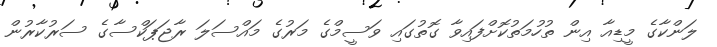
ލަންކާގެ މީޑިއާ އިން ތުހުމަތުކޮށްފައިވާ ގޮތުގައި ވަސީމްގެ މަރުގެ މައްސަލަ ރާޖަޕަކްސާގެ ސަރުކާރުން